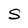
Character: S